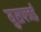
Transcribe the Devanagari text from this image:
युसफ्जई